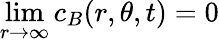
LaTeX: \operatorname*{lim}_{r\to\infty}c_{B}(r,\theta,t)=0